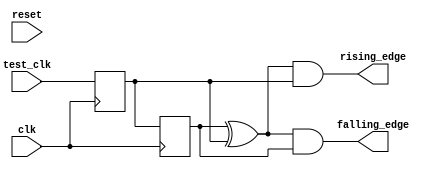
module Altera_UP_Clock_Edge (
	// Inputs
	clk,
	reset,
	
	test_clk,
	
	// Bidirectionals

	// Outputs
	rising_edge,
	falling_edge
);

/*****************************************************************************
 *                           Parameter Declarations                          *
 *****************************************************************************/


/*****************************************************************************
 *                             Port Declarations                             *
 *****************************************************************************/

// Inputs
input				clk;
input				reset;
	
input				test_clk;

// Bidirectionals

// Outputs
output				rising_edge;
output				falling_edge;

/*****************************************************************************
 *                           Constant Declarations                           *
 *****************************************************************************/

/*****************************************************************************
 *                 Internal wires and registers Declarations                 *
 *****************************************************************************/

// Internal Wires
wire				found_edge;

// Internal Registers
reg					cur_test_clk;
reg					last_test_clk;

// State Machine Registers

/*****************************************************************************
 *                         Finite State Machine(s)                           *
 *****************************************************************************/


/*****************************************************************************
 *                             Sequential logic                              *
 *****************************************************************************/

always @(posedge clk)
	cur_test_clk	<= test_clk;

always @(posedge clk)
	last_test_clk	<= cur_test_clk;

/*****************************************************************************
 *                            Combinational logic                            *
 *****************************************************************************/

// Output Assignments
assign rising_edge	= found_edge & cur_test_clk;
assign falling_edge	= found_edge & last_test_clk;

// Internal Assignments
assign found_edge	= last_test_clk ^ cur_test_clk;

/*****************************************************************************
 *                              Internal Modules                             *
 *****************************************************************************/

endmodule